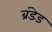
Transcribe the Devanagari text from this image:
ब्रंडेड